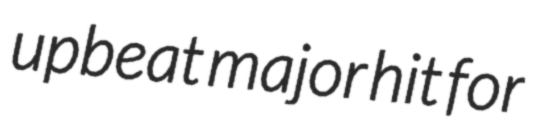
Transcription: upbeat major hit for